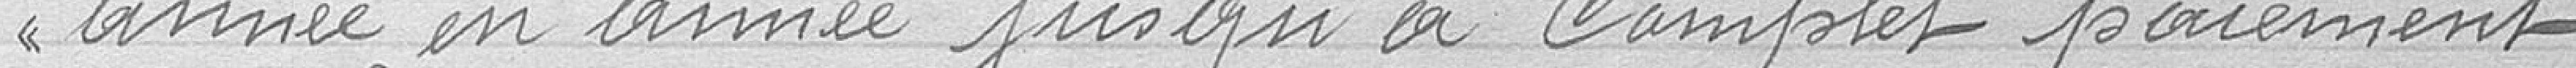
année en année jusqu'à complet paiement.